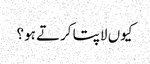
کیوں لاپتا کرتے ہو؟